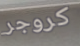
كروجر